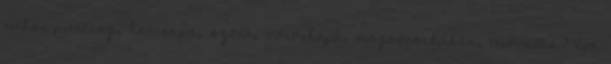
ruha, piercing, harisnya, szóló, vöröshajú, magassarkúban, tetoválás 1 éve